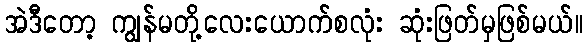
အဲဒီတော့ ကျွန်မတို့လေးယောက်စလုံး ဆုံးဖြတ်မှဖြစ်မယ်။